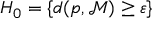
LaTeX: H _ { 0 } = \{ d ( p , { \mathcal { M } } ) \geq \varepsilon \}